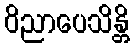
ဝိညာပေသိန္တိ